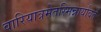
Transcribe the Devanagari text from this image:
वारियात्रमेतस्मिन्नार्यावर्तें